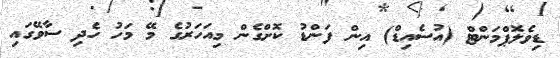
ޑިވެލޮޕްމަންޓް (އުސެއިޑް) އިން ފަންޑު ކޮށްގެން މިއަހަރުގެ މޭ މަހު ހެދި ސާވޭގައި